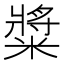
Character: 䊢